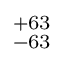
^ { + 6 3 } _ { - 6 3 }